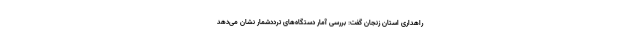
راهداری استان زنجان گفت: بررسی آمار دستگاه‌های ترددشمار نشان می‌دهد